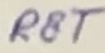
Text: RST